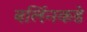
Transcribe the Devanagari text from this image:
बर्लिनकडे